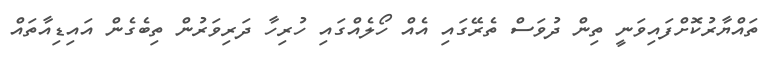
ތައްޔާރުކޮށްފައިވަނީ ތިން ދުވަސް ތެރޭގައި އެއް ހޯލެއްގައި ހުރިހާ ދަރިވަރުން ތިބެގެން އައިޑިއާތައް